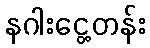
နဂါးငွေ့တန်း